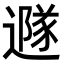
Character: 𨗎